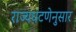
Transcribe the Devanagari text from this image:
राज्यघटणेनुसार